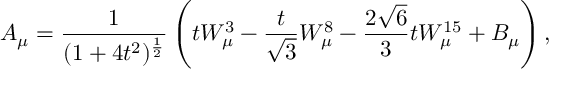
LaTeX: A _ { \mu } = \frac { 1 } { ( 1 + 4 t ^ { 2 } ) ^ { \frac { 1 } { 2 } } } \left( t W _ { \mu } ^ { 3 } - \frac { t } { \sqrt 3 } W _ { \mu } ^ { 8 } - \frac { 2 \sqrt 6 } { 3 } t W _ { \mu } ^ { 1 5 } + B _ { \mu } \right) ,